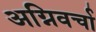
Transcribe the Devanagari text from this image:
अग्निवर्चा